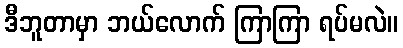
ဒီဘူတာမှာ ဘယ်လောက် ကြာကြာ ရပ်မလဲ။